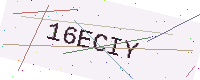
Text: 16ECIY